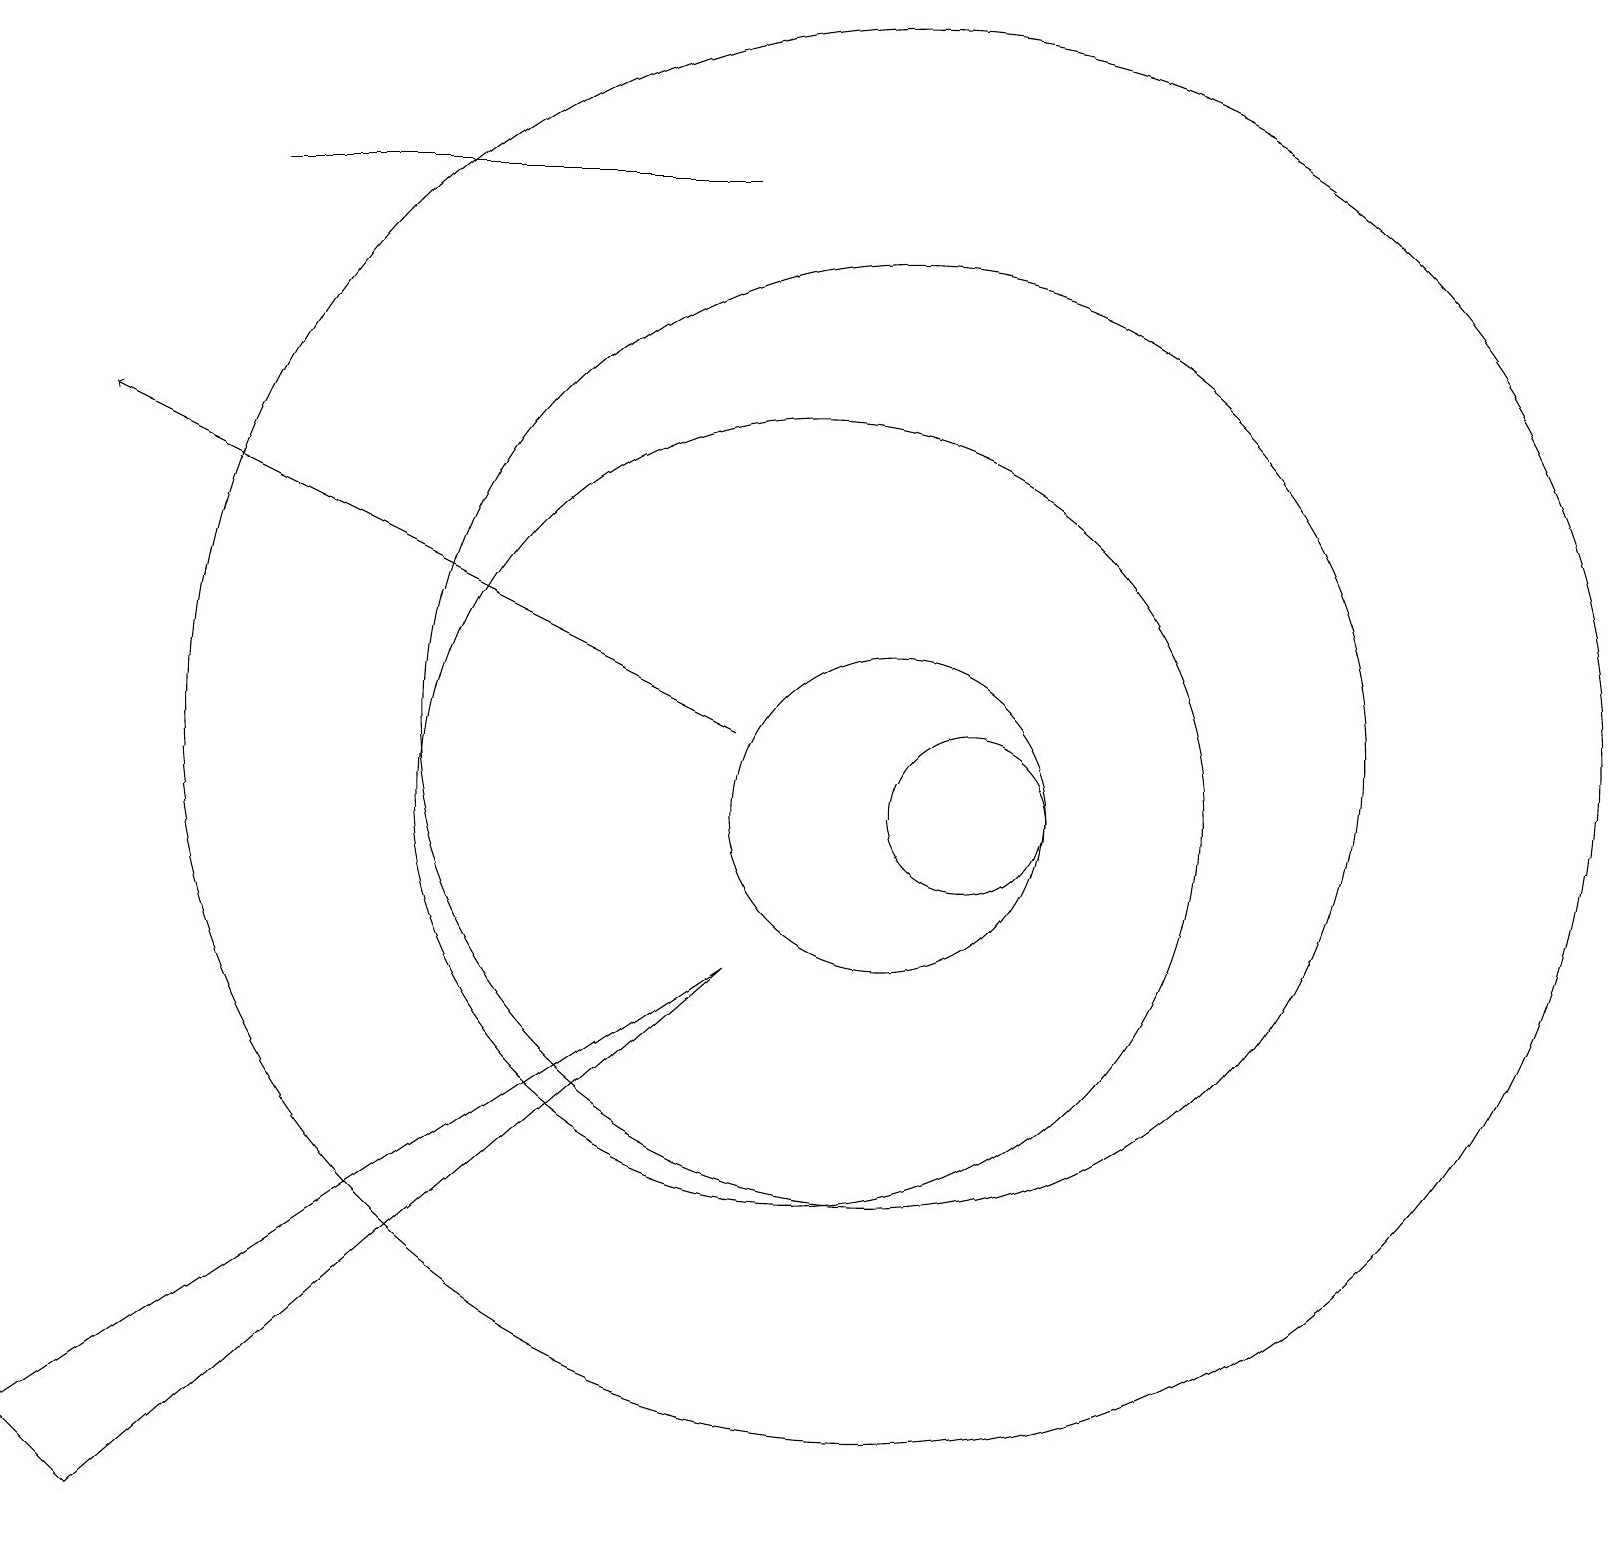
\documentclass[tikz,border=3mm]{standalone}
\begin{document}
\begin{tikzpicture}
\draw (10,11) circle (5);
\draw (11,11) circle (2);
\draw (11,12) circle (6);
\draw (12,11) circle (1);
\draw[->] (9,12) -- (1,16);
\draw (9,9) -- (0,3) -- (1,2) -- cycle;
\draw (9,19) rectangle (3,19);
\draw (11,12) circle (9);
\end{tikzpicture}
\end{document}